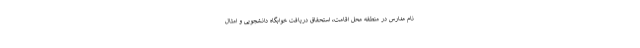
نام مدارس در منطقه محل اقامت، استحقاق دریافت خوابگاه دانشجویی و امثال